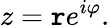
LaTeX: z=\mathtt{r}e^{i\varphi}.